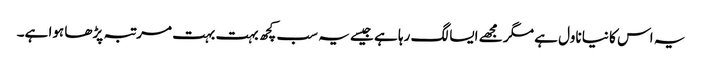
یہ اس کا نیا ناول ہے مگر مجھے ایسا لگ رہا ہے جیسے یہ سب کچھ بہت بہت مرتبہ پڑھا ہوا ہے۔